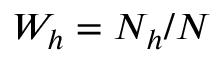
W _ { h } = N _ { h } / N